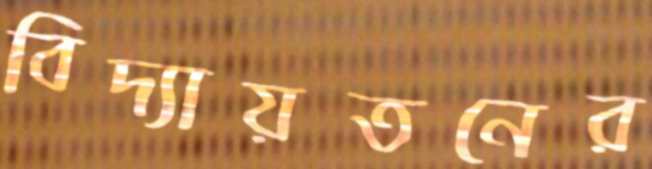
বিদ্যায়তনের